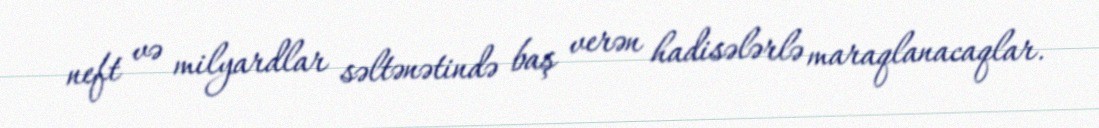
neft və milyardlar səltənətində baş verən hadisələrlə maraqlanacaqlar.